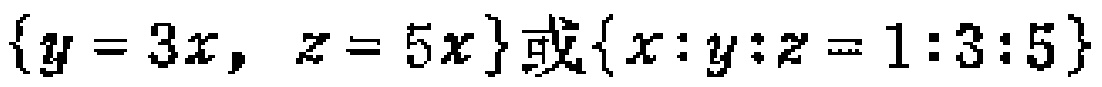
$\{y = 3x,\ z = 5x\}或\{x:y:z = 1:3:5\}$